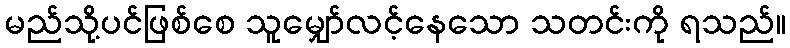
မည်သို့ပင်ဖြစ်စေ သူမျှော်လင့်နေသော သတင်းကို ရသည်။